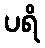
ပရိ